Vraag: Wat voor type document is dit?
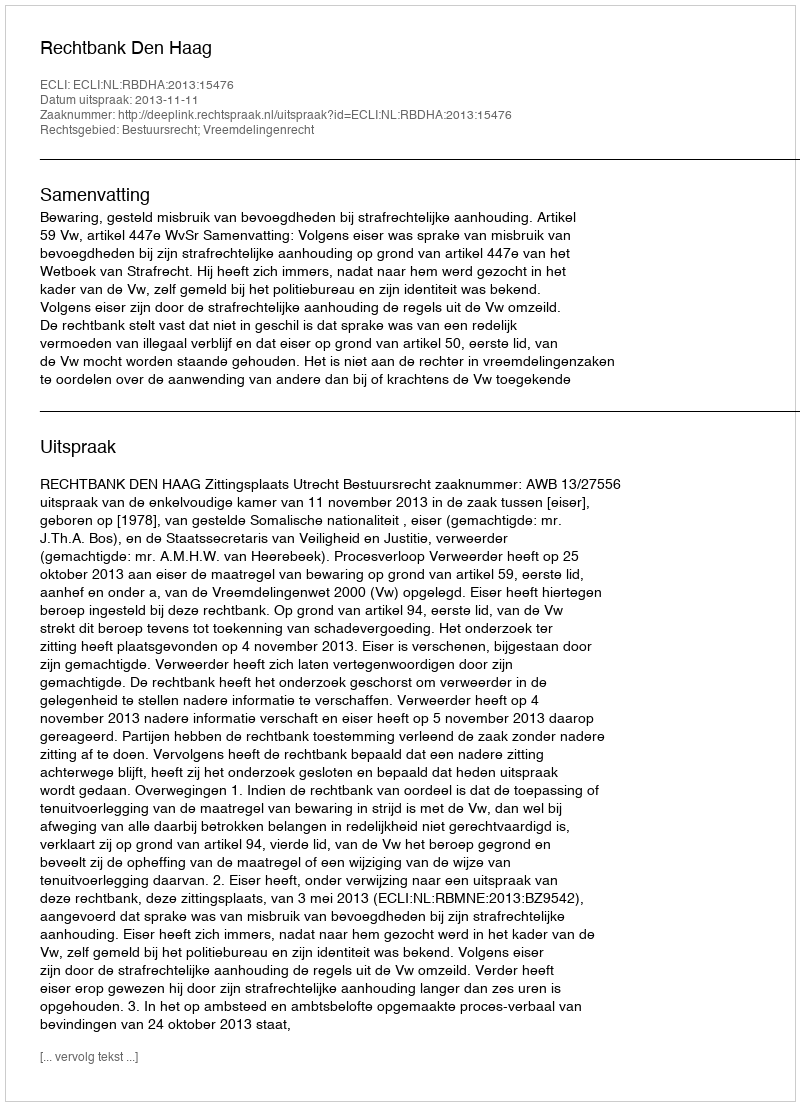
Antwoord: Uitspraak